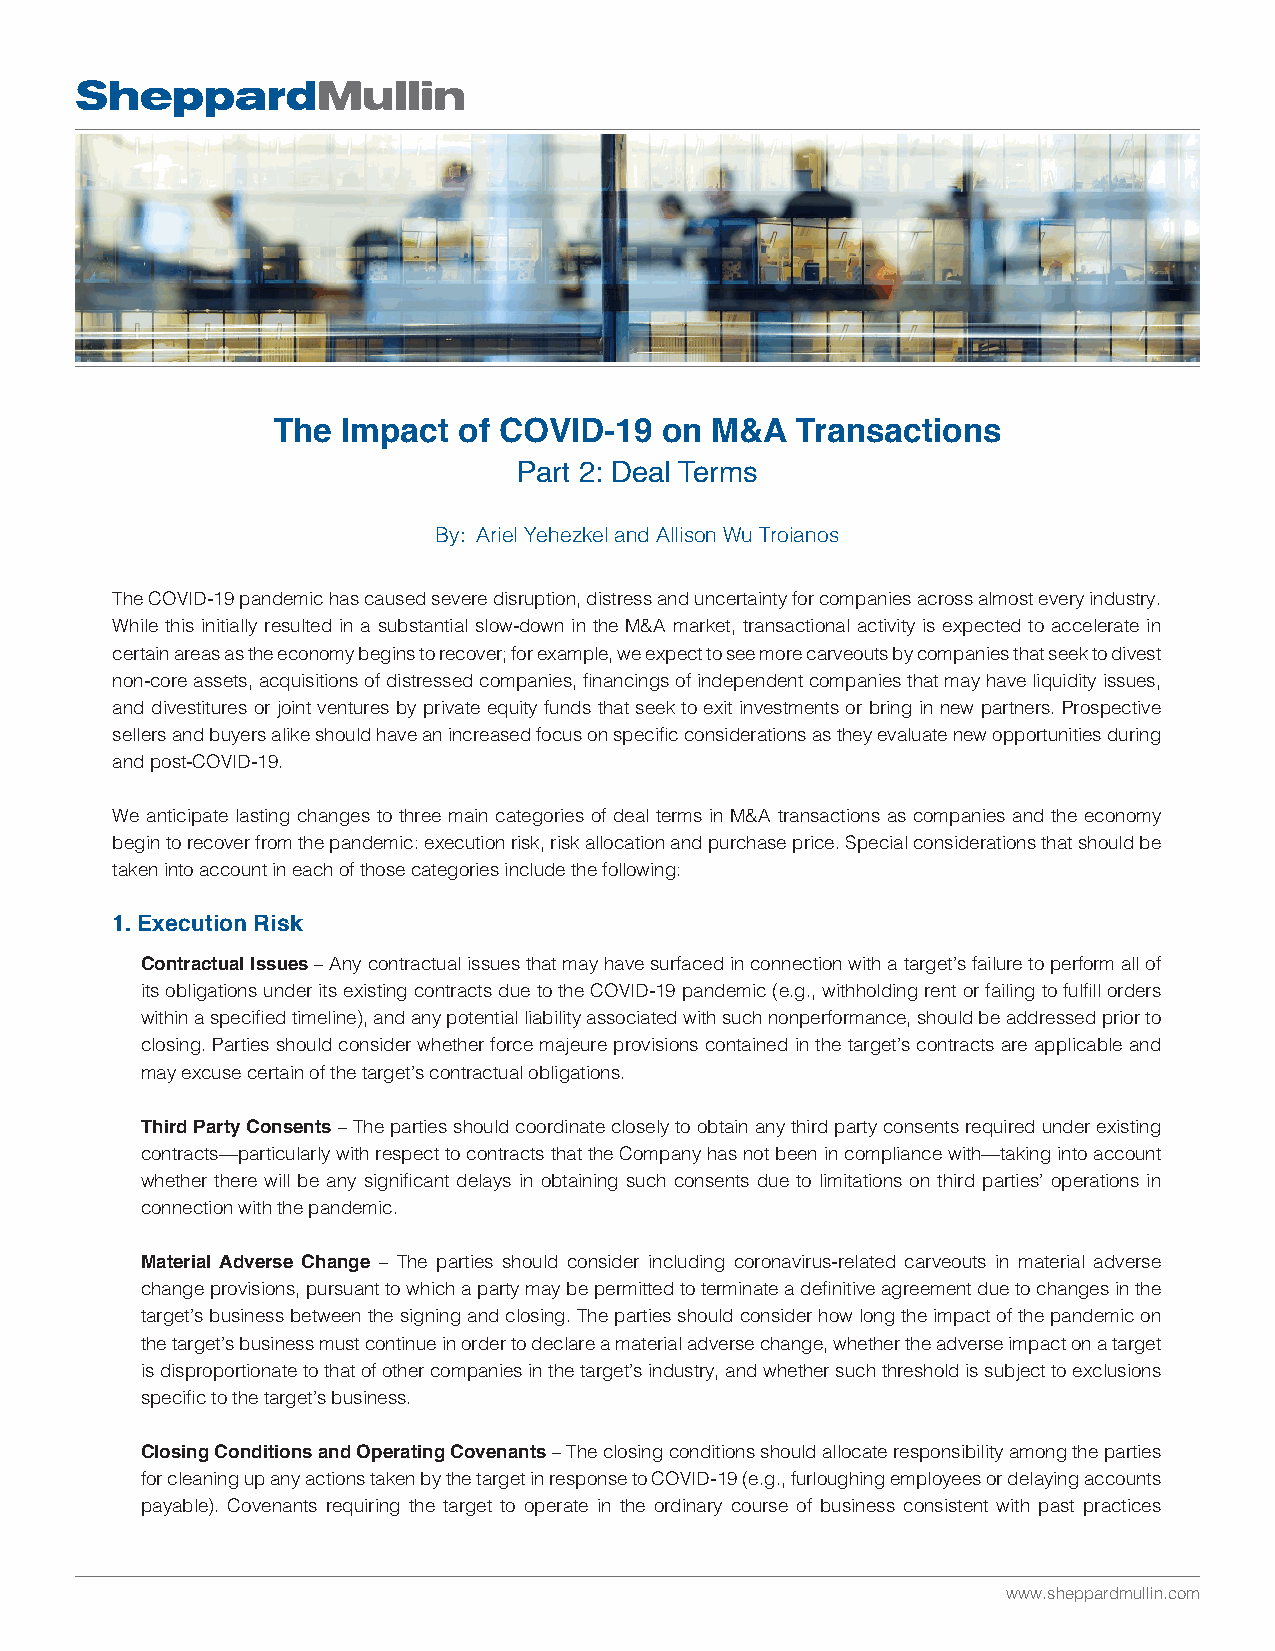
The  Impact of COVID-19   on M&A   Transactions
 Part 2: Deal Terms
 By: Ariel Yehezkel and Allison Wu Troianos
 The COVID-19 pandemic has caused severe disruption, distress and uncertainty for companies across almost every industry.
 While this initially resulted in a substantial slow-down in the M&A market, transactional activity is expected to accelerate in
 certain areas as the economy begins to recover; for example, we expect to see more carveouts by companies that seek to divest
 non-core assets, acquisitions of distressed companies, financings of independent companies that may have liquidity issues,
 and divestitures or joint ventures by private equity funds that seek to exit investments or bring in new partners. Prospective
 sellers and buyers alike should have an increased focus on specific considerations as they evaluate new opportunities during
 and post-COVID-19.
 We anticipate lasting changes to three main categories of deal terms in M&A transactions as companies and the economy
 begin to recover from the pandemic: execution risk, risk allocation and purchase price. Special considerations that should be
 taken into account in each of those categories include the following:
 1. Execution Risk
 Contractual Issues – Any contractual issues that may have surfaced in connection with a target’s failure to perform all of
 its obligations under its existing contracts due to the COVID-19 pandemic (e.g., withholding rent or failing to fulfill orders
 within a specified timeline), and any potential liability associated with such nonperformance, should be addressed prior to
 closing. Parties should consider whether force majeure provisions contained in the target’s contracts are applicable and
 may excuse certain of the target’s contractual obligations.
 Third Party Consents – The parties should coordinate closely to obtain any third party consents required under existing
 contracts—particularly with respect to contracts that the Company has not been in compliance with—taking into account
 whether there will be any significant delays in obtaining such consents due to limitations on third parties’ operations in
 connection with the pandemic.
 Material Adverse Change – The parties should consider including coronavirus-related carveouts in material adverse
 change provisions, pursuant to which a party may be permitted to terminate a definitive agreement due to changes in the
 target’s business between the signing and closing. The parties should consider how long the impact of the pandemic on
 the target’s business must continue in order to declare a material adverse change, whether the adverse impact on a target
 is disproportionate to that of other companies in the target’s industry, and whether such threshold is subject to exclusions
 specific to the target’s business.
 Closing Conditions and Operating Covenants – The closing conditions should allocate responsibility among the parties
 for cleaning up any actions taken by the target in response to COVID-19 (e.g., furloughing employees or delaying accounts
 payable). Covenants requiring the target to operate in the ordinary course of business consistent with past practices
 www.sheppardmullin.com